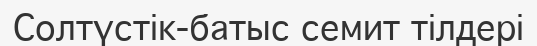
Солтүстік-батыс семит тілдері